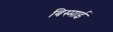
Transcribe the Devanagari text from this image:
बिस्माई